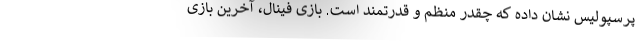
پرسپولیس نشان داده که چقدر منظم و قدرتمند است. بازی فینال، آخرین بازی